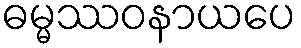
ဓမ္မဿဝနာယပေ